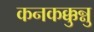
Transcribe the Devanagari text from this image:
कनकक्कुन्नु